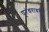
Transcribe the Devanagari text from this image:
पूरंधरावरी